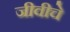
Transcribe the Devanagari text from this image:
जीवीचे